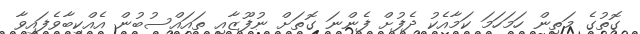
ގޮތުގެ މަތިން ހަމަހަމަ ކަމާއެކު ދެފުށް ފެންނަ ގޮތަށް ނުފޫޒާއި ތައައްސުބުން އެއްކިބާވެފައިވާ